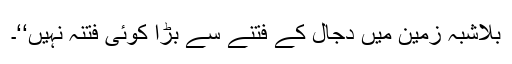
بلاشبہ زمین میں دجال کے فتنے سے بڑا کوئی فتنہ نہیں‘‘۔